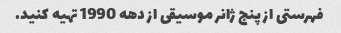
فهرستی از پنج ژانر موسیقی از دهه 1990 تهیه کنید.